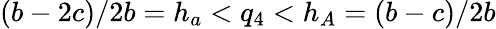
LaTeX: (b-2c)/2b=h_{a}<q_{4}<h_{A}=(b-c)/2b